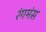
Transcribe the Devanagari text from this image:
रंगमंस